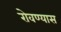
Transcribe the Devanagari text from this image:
रोवण्यास